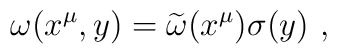
\omega(x^\mu,y)={\widetilde \omega}(x^\mu) \sigma(y)~,